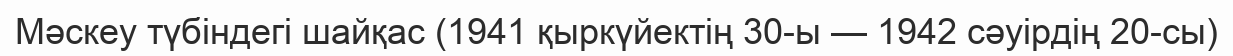
Мәскеу түбіндегі шайқас (1941 қыркүйектің 30-ы — 1942 сәуірдің 20-сы)